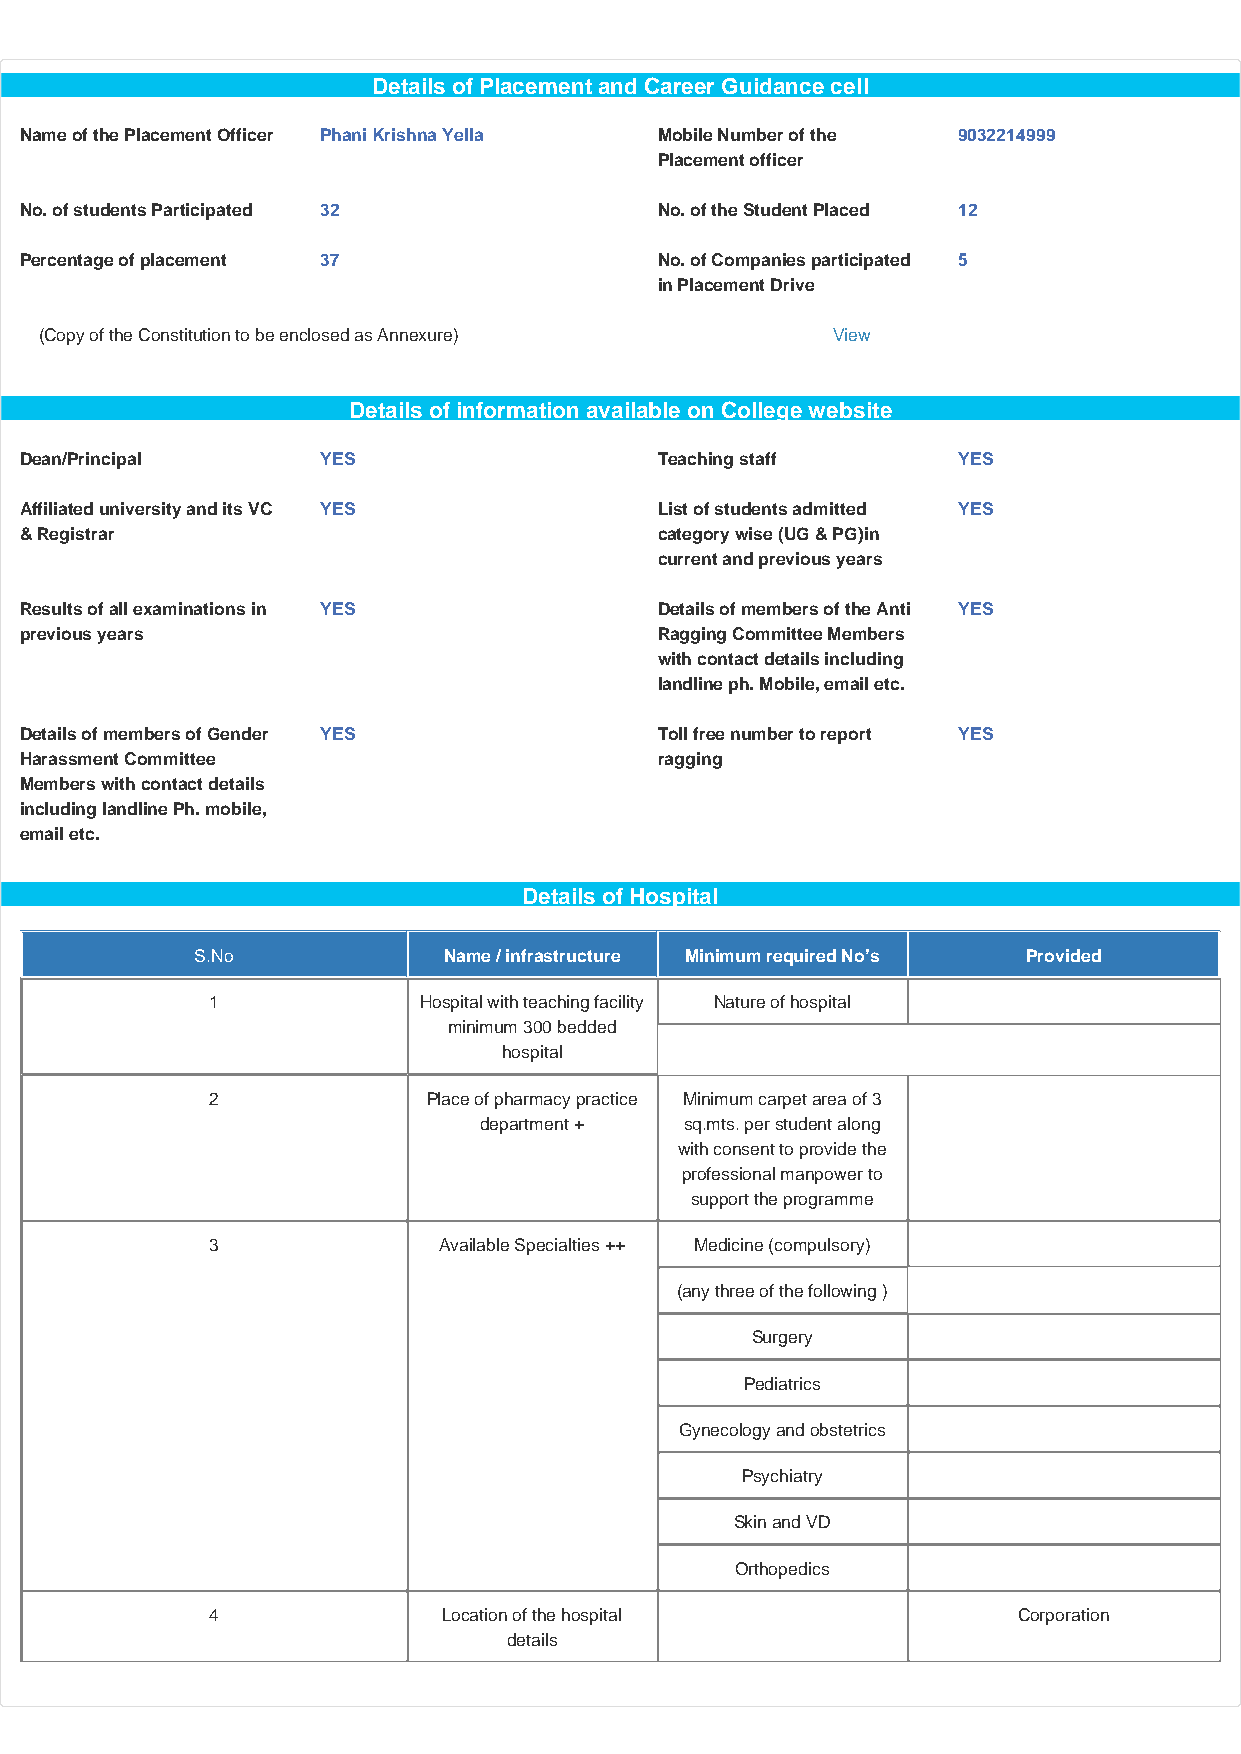
Details of Placement and Career Guidance cell
 Name of the Placement Officer Phani Krishna Yella Mobile Number of the 9032214999
 Placement officer
 No. of students Participated 32            No. of the Student Placed 12
 Percentage of placement 37                 No. of Companies participated 5
 in Placement Drive
 (Copy of the Constitution to be enclosed as Annexure) View
 Details of information available on College website
 Dean/Principal      YES                    Teaching staff     YES
 Affiliated university and its VC YES       List of students admitted YES
 & Registrar                                category wise (UG & PG)in
 current and previous years
 Results of all examinations in YES         Details of members of the Anti YES
 previous years                             Ragging Committee Members
 with contact details including
 landline ph. Mobile, email etc.
 Details of members of Gender YES           Toll free number to report YES
 Harassment Committee                       ragging
 Members with contact details
 including landline Ph. mobile,
 email etc.
 Details of Hospital
 S.No            Name / infrastructure Minimum required No’s Provided
 1             Hospital with teaching facility Nature of hospital
 minimum 300 bedded
 hospital
 2             Place of pharmacy practice Minimum carpet area of 3
 department + sq.mts. per student along
 with consent to provide the
 professional manpower to
 support the programme
 3              Available Specialties ++ Medicine (compulsory)
 (any three of the following )
 Surgery
 Pediatrics
 Gynecology and obstetrics
 Psychiatry
 Skin and VD
 Orthopedics
 4              Location of the hospital              Corporation
 details